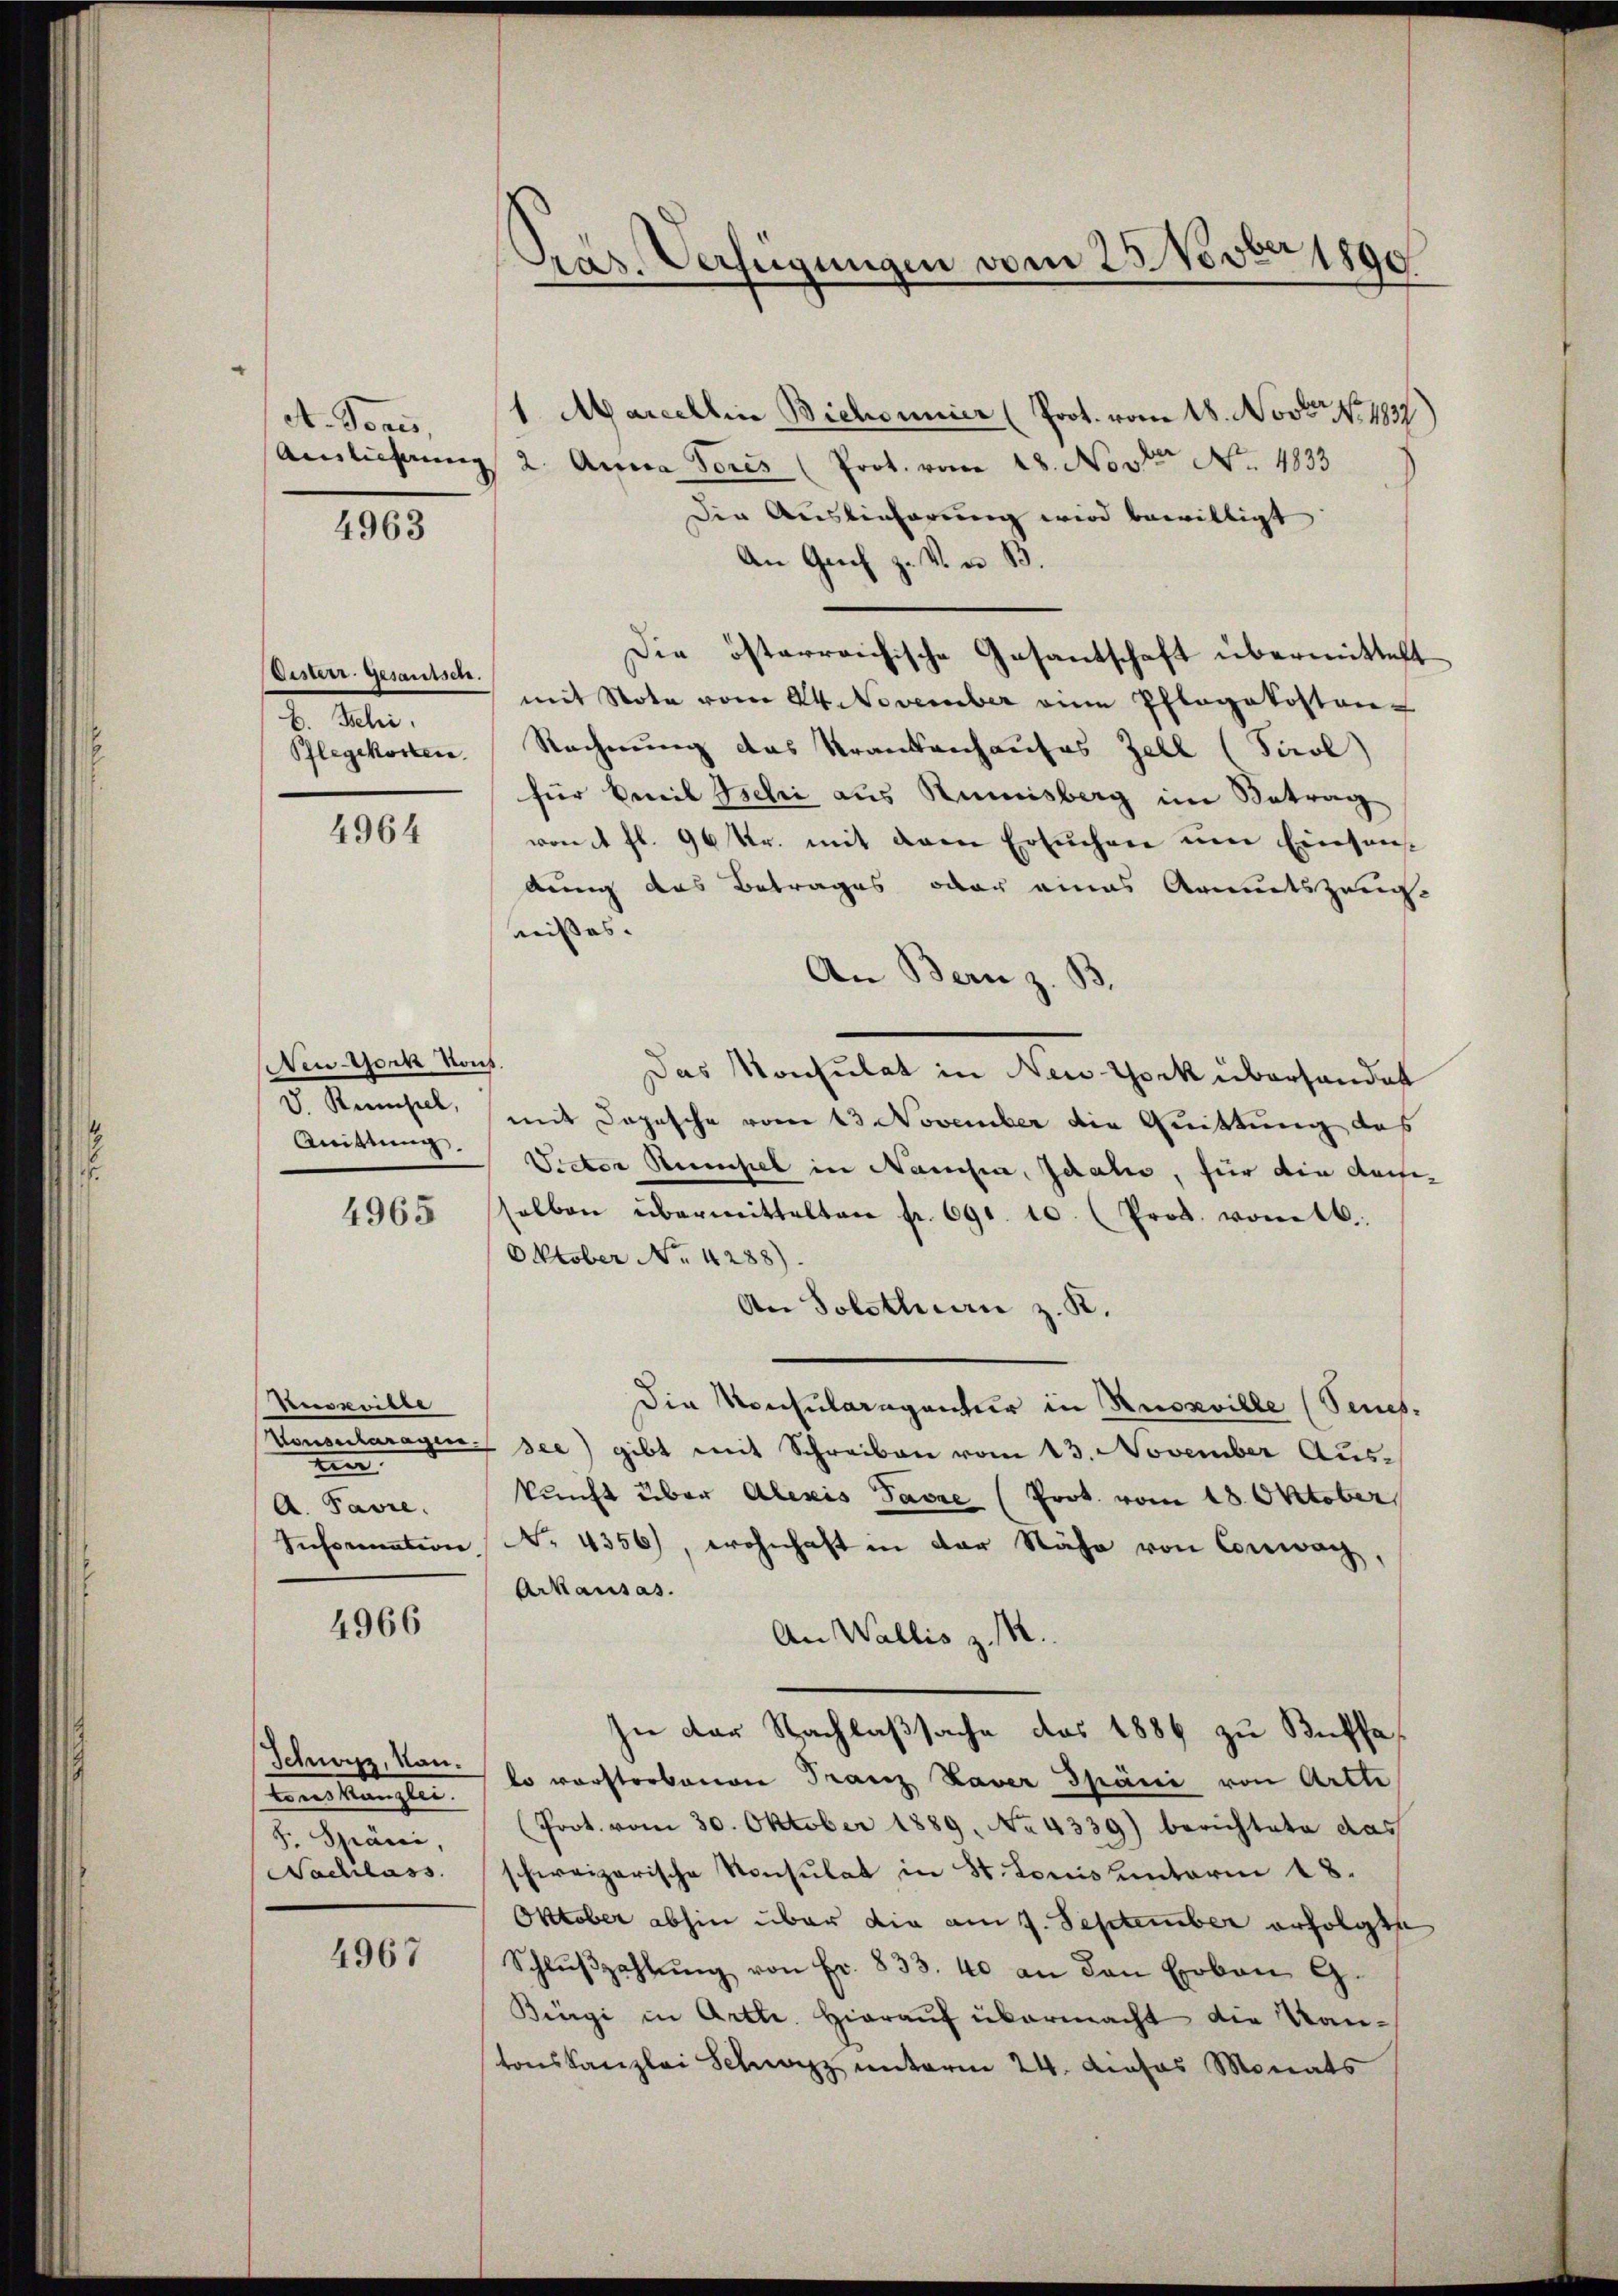
dt. Soni,
Auslieferung |

4963

Oisterr. Gesamtsch.
2. Seiten.
Pflegekosten

4964

New-York Nous
V. Rumpel,
Anisung.

4965

Reiseritte
en
A. Pavre.
Information

4966

Schwyz, Nau.
Eine kannte.
h. Späni,
Nachlass

4967

Präs. Verfügungen vom 23 Novber 1890

1. Mariellin Bichonnier (Prot. vom 18. Novo No. 1837
2. Anna Pores (Prot. vom 28. Novter No. 4833
den Auslieferung wird bewilligt.
An Gach z. V. u. B.
Die österreichische Gesantschaft übermittelt
mit Note vom 24. November eine Pflegekosten-
Rechnung das Krankenhauses Zell (Tirol
für Emil Jschi aus Rumisberg im Betrag
von 4 fl. 96 Kr. mit dem Ersuchen um Einsandung das Betrages oder eines Armutszeug
nisses.
An Bern z. B
Das Konsulat in New-York überhandet
mit Depesche vom 13 November die Quittung das
Vedten Recensel in Namsen, schale, für die dasse-
selben übermittelten pr. 691. 10. (Prod. vom
Oktober No. 4288):
An Solothurn z. K.
die Konsularagantur in Russville (Senes.
Vonsularagen see) gibt mit Schreiben vom 13. November Auskunft über Alexis Favre (Prot. vom 18. Oktober
No. 4356), wohnhaft in der Nähe von Conwach,
Arkausas.
An Wallis z. 14.
In der Nachlaßsache des 1886 zu Buffalo verstrebenen Franz Xaver Spani von Arthe
(Poot. vom 30. Oktober 1889. No. 4339) berichtete das
schweizerische Konsulat in St. Louis unterm 18.
Oktober abhin über die am 7. September erfolgte
Schlŭβzahlŭng von Fr. 833. 40 an den Eroben G.
Büngi in Art. Hierauf übermacht die Kantonskanzlei Schwarz unterm 24. dieses Monats